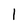
Character: I